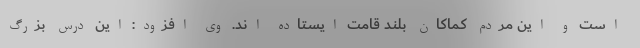
است و این مردم کماکان بلند قامت ایستاده اند. وی افزود: این درس بزرگ